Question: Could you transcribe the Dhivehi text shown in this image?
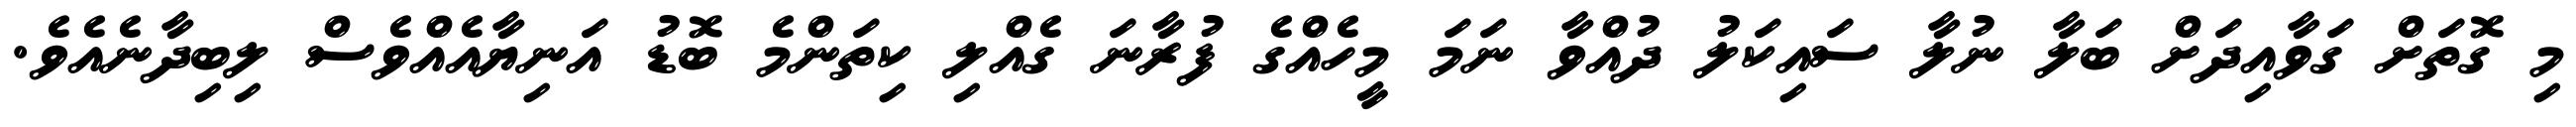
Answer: މި ގޮތަށް ގަވާއިދަށް ބަލާ ނުލާ ސައިކަލު ދުއްވާ ނަމަ މީހެއްގެ ފުރާނަ ގެއްލި ކިތަންމެ ބޮޑު އަނިޔާއެއްވެސް ލިބިދާނެއެވެ.